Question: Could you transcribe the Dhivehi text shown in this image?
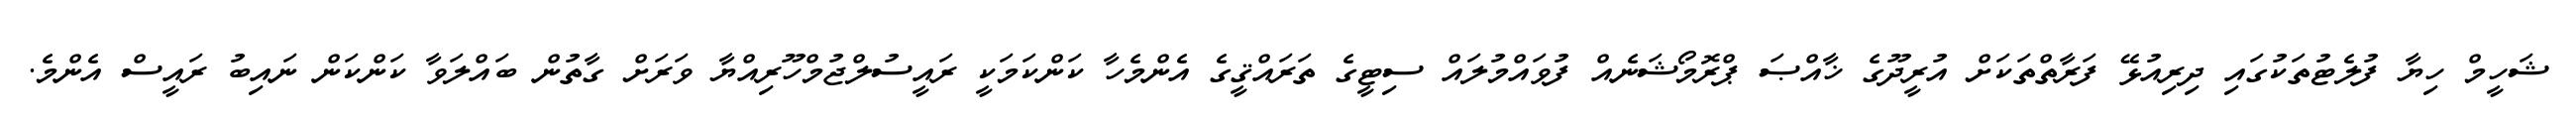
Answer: ޝަހީމް ހިޔާ ފުލެޓުތަކުގައި ދިރިއުޅޭ ފަރާތްތަކަށް އުރީދޫގެ ޚާއްޞަ ޕްރޮމޯޝަނެއް ފުވައްމުލައް ސިޓީގެ ތަރައްޤީގެ އެންމެހާ ކަންކަމަކީ ރައީސުލްޖުމްހޫރިއްޔާ ވަރަށް ގާތުން ބައްލަވާ ކަންކަން ނައިބު ރައީސް އެންމެ.